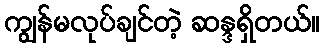
ကျွန်မလုပ်ချင်တဲ့ ဆန္ဒရှိတယ်။